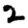
Digit: 2